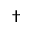
\dagger